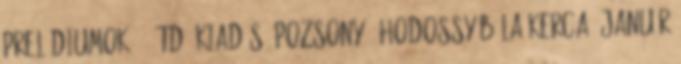
prelúdiumok. 2.átd. kiadás. Pozsony ; Hodossy Béla Kerca, január